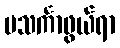
မသင်္ကာဖွယ်ရာ